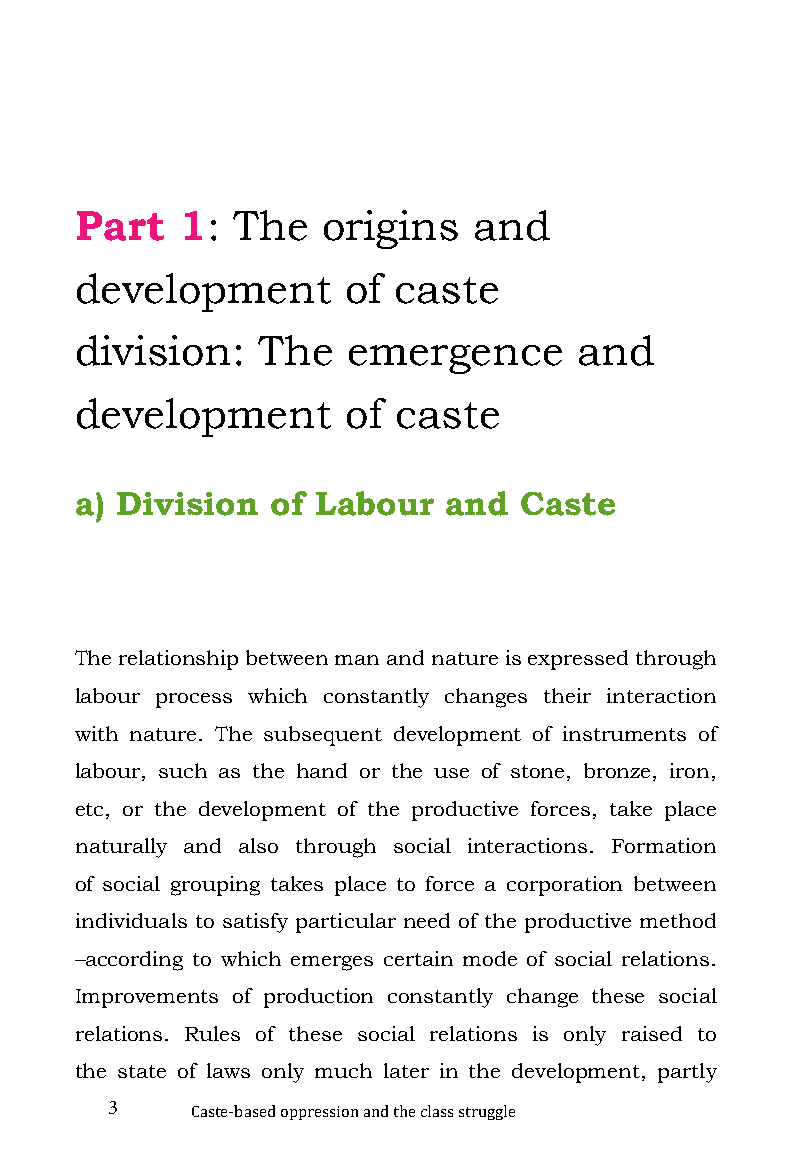
Part   1: The   origins   and
 development       of caste
 division:   The   emergence      and
 development       of caste
 a) Division  of Labour  and  Caste
 The relationship between man and nature is expressed through
 labour process which constantly changes their interaction
 with nature. The subsequent development of instruments of
 labour, such as the hand or the use of stone, bronze, iron,
 etc, or the development of the productive forces, take place
 naturally and also through social interactions. Formation
 of social grouping takes place to force a corporation between
 individuals to satisfy particular need of the productive method
 –according to which emerges certain mode of social relations.
 Improvements of production constantly change these social
 relations. Rules of these social relations is only raised to
 the state of laws only much later in the development, partly
 3
 Caste-based oppression and the class struggle